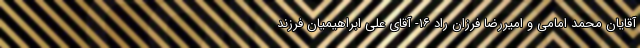
آقایان محمد امامی و امیررضا فرزان راد ۱۶- آقای علی ابراهیمیان فرزند